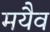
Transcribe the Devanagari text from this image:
मयैव